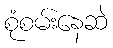
စုံစမ်းနေဆဲ